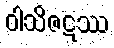
ဝါသိဇဋဿ